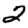
Digit: 2